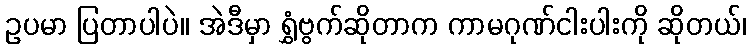
ဥပမာ ပြတာပါပဲ။ အဲဒီမှာ ရွှံဗွက်ဆိုတာက ကာမဂုဏ်ငါးပါးကို ဆိုတယ်၊